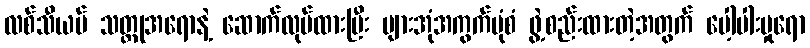
လစ်သီယမ် သတ္တုအရောနဲ့ ဆောက်လုပ်ထားပြီး ပျားအုံအကွက်ပုံစံ ဖွဲ့စည်းထားတဲ့အတွက် ပေါ့ပါးမှုရော